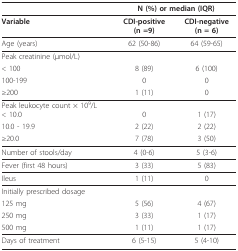
<table><thead><tr><td></td><td colspan="2"><b>N (%) or median (IQR)</b></td></tr></thead><tbody><tr><td><b>Variable</b></td><td><b>CDI-positive</b><b>(n =9)</b></td><td><b>CDI-negative</b><b>(n = 6)</b></td></tr><tr><td>Age (years)</td><td>62 (50-86)</td><td>64 (59-65)</td></tr><tr><td>Peak creatinine (μmol/L)</td><td></td><td></td></tr><tr><td>&lt; 100</td><td>8 (89)</td><td>6 (100)</td></tr><tr><td>100-199</td><td>0</td><td>0</td></tr><tr><td>≥200</td><td>1 (11)</td><td>0</td></tr><tr><td>Peak leukocyte count × 10<sup>9</sup>/L&lt; 10.0</td><td>0</td><td>1 (17)</td></tr><tr><td>10.0 - 19.9</td><td>2 (22)</td><td>2 (22)</td></tr><tr><td>≥20.0</td><td>7 (78)</td><td>3 (50)</td></tr><tr><td>Number of stools/day</td><td>4 (0-6)</td><td>5 (3-6)</td></tr><tr><td>Fever (first 48 hours)</td><td>3 (33)</td><td>5 (83)</td></tr><tr><td>Ileus</td><td>1 (11)</td><td>0</td></tr><tr><td>Initially prescribed dosage</td><td></td><td></td></tr><tr><td>125 mg</td><td>5 (56)</td><td>4 (67)</td></tr><tr><td>250 mg</td><td>3 (33)</td><td>1 (17)</td></tr><tr><td>500 mg</td><td>1 (11)</td><td>1 (17)</td></tr><tr><td>Days of treatment</td><td>6 (5-15)</td><td>5 (4-10)</td></tr></tbody></table>